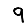
Digit: 9